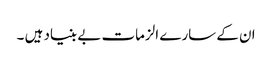
ان کے سارے الزمات بے بنیاد ہیں ۔